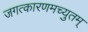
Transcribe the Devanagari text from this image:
जगत्कारणमच्युतम्